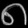
Digit: ၈